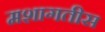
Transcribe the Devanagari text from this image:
मशागतीस